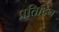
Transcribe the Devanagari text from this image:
प्रतिदिन